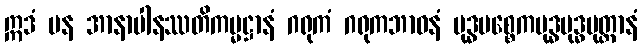
ဣဒံ ပန အာနာပါနဿတိကမ္မဋ္ဌာနံ ဂရုကံ ဂရုကဘာဝနံ ဗုဒ္ဓပစ္စေကဗုဒ္ဓဗုဒ္ဓပုတ္တာနံ